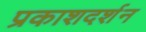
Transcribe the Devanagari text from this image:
प्रकाशदर्शन